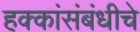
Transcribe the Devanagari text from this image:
हक्कांसंबंधीचे